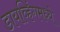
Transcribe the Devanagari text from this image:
डायव्हिंगमध्ये